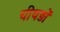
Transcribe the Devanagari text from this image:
चीथड़ों